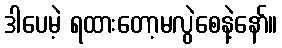
ဒါပေမဲ့ ရထားတော့မလွဲစေနဲ့နော်။